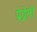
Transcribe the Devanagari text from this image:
प्रेग्नेंसी